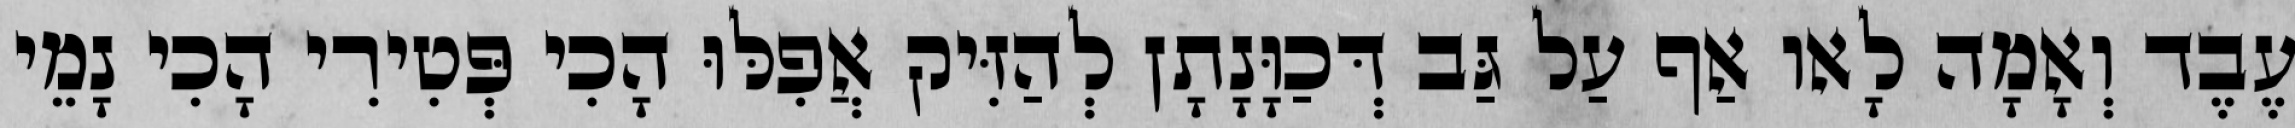
עֶבֶד וְאָמָה לָאו אַף עַל גַּב דְּכַוָּנָתָן לְהַזִּיק אֲפִלּוּ הָכִי פְּטִירִי הָכִי נָמֵי